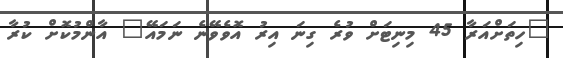
"ހިތަށްއަރާ 45 މިނިޓަށް ވުރެ ގިނަ އިރު އޮވެވޭނެ ނަމައޭ" އާންމުކޮށް ކުރާ